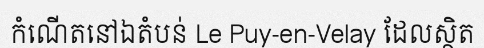
កំណើតនៅឯតំបន់ Le Puy-en-Velay ដែលស្ថិត